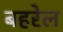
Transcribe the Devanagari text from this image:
बहरेल